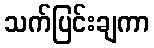
သက်ပြင်းချကာ